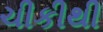
ચીકીથી